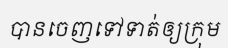
បានចេញទៅទាត់ឲ្យក្រុម